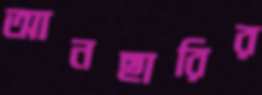
আনছারির